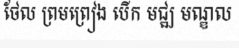
ថែល ព្រមព្រៀង បើក មជ្ឍ មណ្ឌល